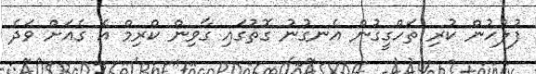
ފުލުހުން ކުރި ތަހްގީގުން އެނގުނު ގޮތުގައި ގާވިން ކްރިމް އެ ގެއަށް ވަދެ